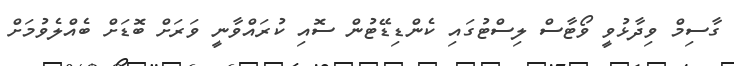
ގާސިމް ވިދާޅުވީ ވޯޓާސް ލިސްޓުގައި ކެންޑިޑޭޓުން ސޮއި ކުރައްވާނީ ވަރަށް ބޮޑަށް ބެއްލެވުމަށް